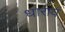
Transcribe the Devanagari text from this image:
धारायं